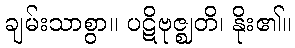
ချမ်းသာစွာ။ ပဋိဗုဇ္ဈတိ၊ နိုး၏။